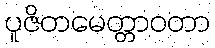
ပူဇိတမေတ္တာဝတာ